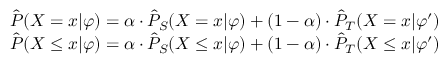
\begin{array} { r l } & { \hat { P } ( X = x | \varphi ) = \alpha \cdot \hat { P } _ { S } ( X = x | \varphi ) + ( 1 - \alpha ) \cdot \hat { P } _ { T } ( X = x | \varphi ^ { \prime } ) } \\ & { \hat { P } ( X \leq x | \varphi ) = \alpha \cdot \hat { P } _ { S } ( X \leq x | \varphi ) + ( 1 - \alpha ) \cdot \hat { P } _ { T } ( X \leq x | \varphi ^ { \prime } ) } \end{array}